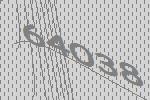
64038